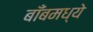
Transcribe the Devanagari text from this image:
बाँबमध्ये